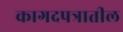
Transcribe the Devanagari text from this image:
कागदपत्रातील